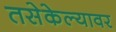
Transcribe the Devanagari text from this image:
तसेकेल्यावर